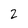
Character: 2